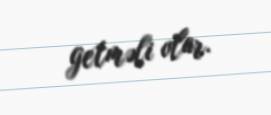
getməli olar.